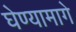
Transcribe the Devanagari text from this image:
घेण्यामागे